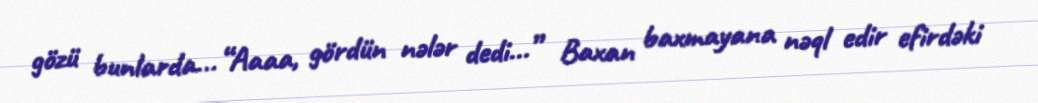
gözü bunlarda... “Aaaa, gördün nələr dedi...” Baxan baxmayana nəql edir efirdəki